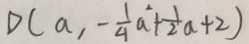
D ( a , - \frac { 1 } { 4 } a ^ { 2 } + \frac { 1 } { 2 } a + 2 )